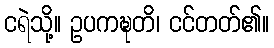
ငရဲသို့။ ဥပကဍ္ဎတိ၊ ငင်တတ်၏။